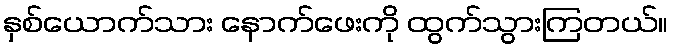
နှစ်ယောက်သား နောက်ဖေးကို ထွက်သွားကြတယ်။